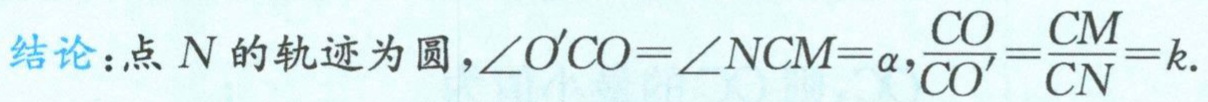
结论：点 \(N\)的轨迹为圆，\(\angle O'CO = \angle NCM=\alpha\)，\(\frac{CO}{CO'}=\frac{CM}{CN}=k\).